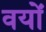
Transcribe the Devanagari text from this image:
वयों